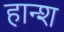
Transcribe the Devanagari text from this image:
हान्श